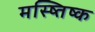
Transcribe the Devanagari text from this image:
मस्ष्तिष्क